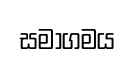
සමාගමය